Civil Veterinary Department Bihar & Orissa reports 1929-36 - 1929-1936
Year: 1929
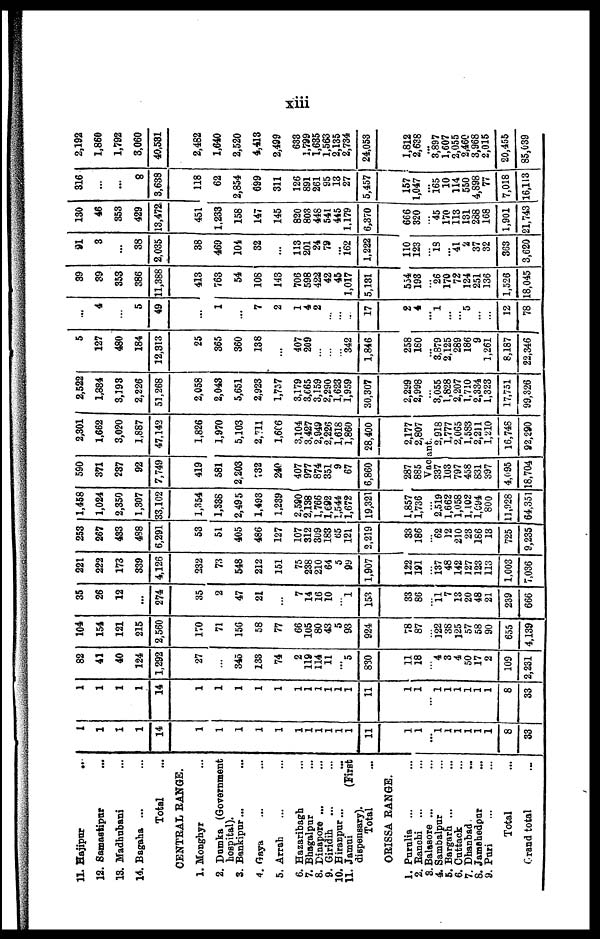
xiii
11. Hajipur
...
12. Samastipur ...
13. Madhubani ...
14. Bagaha ... ...
Total
CENTRAL RANGE.
1. Monghyr ...
2. Dumka (Government
hospital).
3. Bankipnr... ...
4. Gaya ... ...
5. Arrah ... ...
6. Hazaribagh ...
7. Bhagalpur ...
8. Dinapore ... ...
9. Giridih
... ...
10. Hiranpur... ...
11. Jamui
(First
dispensary).
Total ...
ORISSA RANGE.
1. Purulia ... ...
2. Ranchi ... ...
3. Balasore ... ...
4. Sambalpur ...
5. Bargarh ... ...
6. Cuttack ...
7. Dhanbad ...
8. Jamehedpur ...
9. Pari ... ...
Total ...
Grand total ...
1
1
1
1
14
1
1
1
1
1
1
1
1
1
1
1
11
1
1
...
1
1
1
1
1
1
8
33
1
1
1
1
14
1
1
1
1
1
1
1
1
1
1
1
11
1
1
...
1
1
1
1
1
1
8
33
82
41
40
124
1,292
27
345
133
74
2
119
114
11
...
5
830
11
18
...
4
3
4
50
17
2
109
2,231
104
154
121
215
2,560
170
71
150
58
77
66
105
80
43
5
93
924
78
87
...
122
38
125
57
58
90
655
4,139
35
26
12
...
274
35
2
47
21
...
7
14
16
10
...
1
153
33
86
...
11
7
13
20
48
21
239
666
221
222
173
339
4,126
232
73
548
212
151
75
238
210
64
5
99
1,907
122
191
...
137
48
142
127
123
113
1,003
7,036
253
267
433
488
6,291
53
51
405
486
127
107
312
309
183
65
121
2,219
33
186
...
62
12
210
23
186
13
725
9,235
1,458
1,024
2,350
1,307
33,102
1,354
1,338
2,495
1,493
1,239
2,590
2,138
1,766
1,692
1,544
1,672
19,321
1,857
1,736
...
2,519
1,662
1,058
1,102
1,694
800
11,928
64,351
590
371
237
92
7,749
419
581
2,203
732
240
407
977
874
351
9
67
6,860
287
885
2,301
1,662
3,020
1,887
47,142
1,826
1,970
5,103
2,711
1,606
3,104
3,427
2,949
2,226
1,618
1,860
28,400
2,177
2,807
Vacant.
337
103
797
458
831
397
4,095
18,704
2,918
1,777
2,065
1,583
2,211
1,210
16,748
92,290
2,522
1,884
3,193
2,226
51,268
2,058
2,043
5,651
2,923
1,757
3,179
3,665
3,159
2,290
1,623
1,959
30,307
2,299
2,998
...
3,055
1,828
2,207
1,710
2,334
1,323
17,751
99,326
5
127
480
184
12,313
25
365
360
138
...
407
209
...
...
...
342
1,846
258
180
...
3,879
2,125
289
186
9
1,261
8,187
22,346
...
4
...
5
49
...
1
...
7
2
1
4
2
...
...
...
17
2
4
...
1
...
...
5
...
...
12
78
39
39
353
386
11,388
413
763
54
108
143
706
598
422
42
45
1,017
5,131
554
193
...
26
170
72
124
251
136
1,526
18,045
91
3
...
38
2,035
38
469
101
32
...
113
201
24
79
...
162
1,222
110
123
...
18
...
41
2
37
32
363
3,620
130
46
353
429
13,472,
451
1,233
158
147
145
820
803
448
541
445
1,179
6,370
666
320
...
45
170
113
131
288
168
1,901
21,743
316
...
...
8
3,638
118
62
2,854
699
311
126
891
261
95
13
27
5,457
157
1,047
...
165
10
114
550
4,898
77
7,018
16,113
2,192
1,860
1,792
3,060
40,531
2,482
1,640
2,520
4,413
2,499
633
1,799
1,635
1,563
2,135
2,734
24,053
1,812
2,638
...
3,897
1,607
2,055
2,460
3,968
2,015
20,455
85,639